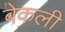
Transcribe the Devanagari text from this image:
बेकली